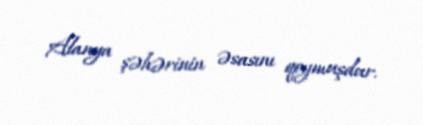
Alanya şəhərinin əsasını qoymuşdur.